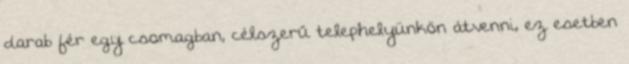
darab fér egy csomagban, célszerű telephelyünkön átvenni, ez esetben